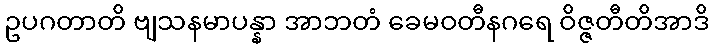
ဥပဂတာတိ ဗျသနမာပန္နာ အာဘတံ ခေမဝတီနဂရေ ဝိဇ္ဇတီတိအာဒိ